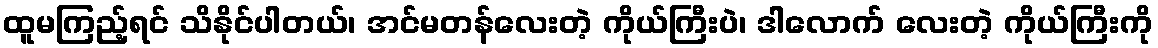
ထူမကြည့်ရင် သိနိုင်ပါတယ်၊ အင်မတန်လေးတဲ့ ကိုယ်ကြီးပဲ၊ ဒါလောက် လေးတဲ့ ကိုယ်ကြီးကို